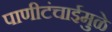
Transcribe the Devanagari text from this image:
पाणीटंचाईमुळे